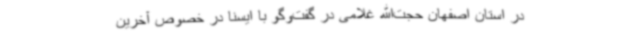
در استان اصفهان حجت‌الله غلامی در گفت‌وگو با ایسنا در خصوص آخرین